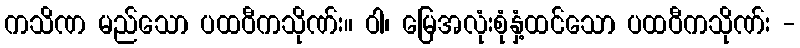
ကသိဏ မည်သော ပထဝီကသိုဏ်း။ ဝါ၊ မြေအလုံးစုံနှံ့ထင်သော ပထဝီကသိုဏ်း -